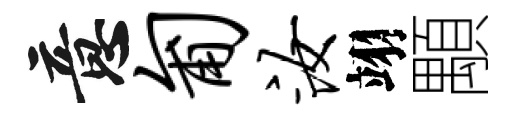
意匍汝翊顒